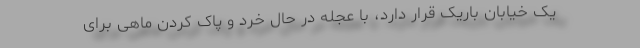
یک خیابان باریک قرار دارد، با عجله در حال خرد و پاک کردن ماهی برای